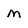
Character: M